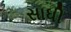
સાધી